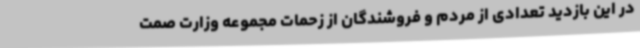
در این بازدید تعدادی از مردم و فروشندگان از زحمات مجموعه وزارت صمت